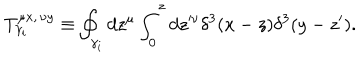
LaTeX: T _ { \gamma _ { i } } ^ { \mu x , \, \nu y } \equiv \oint _ { \gamma _ { i } } d z ^ { \mu } \int _ { 0 } ^ { z } d z ^ { \nu } \delta ^ { 3 } ( x - z ) \delta ^ { 3 } ( y - z ^ { \prime } ) .